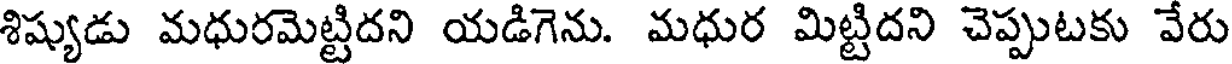
శిష్యుడు మధురమెట్టిదని యడిగెను. మధుర మిట్టిదని చెప్పుటకు వేరు